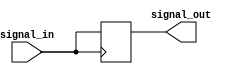
module Transmission_Gate_Delay (
    input wire signal_in,
    output reg signal_out
);

reg internal_signal;

always @ (posedge signal_in) begin
    #1; // Insert desired delay
    internal_signal <= signal_in;
end

assign signal_out = internal_signal;

endmodule